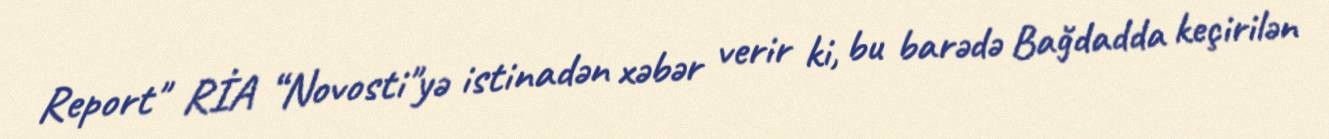
Report" RİA “Novosti"yə istinadən xəbər verir ki, bu barədə Bağdadda keçirilən